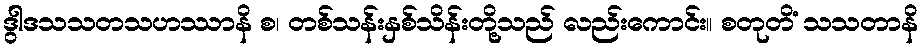
ဒွါဒသသတသဟဿာနိ စ၊ တစ်သန်းနှစ်သိန်းတို့သည် လည်းကောင်း။ စတုတိံ သသတာနိ